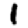
Digit: 1